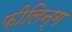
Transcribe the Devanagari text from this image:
फ़ीलिन्ग